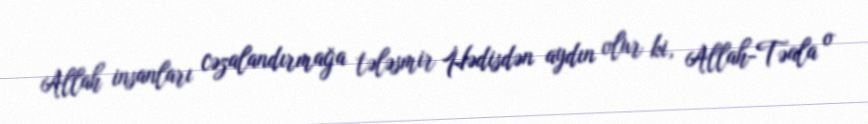
Allah insanları cəzalandırmağa tələsmir Hədisdən aydın olur ki, Allah-Təala o